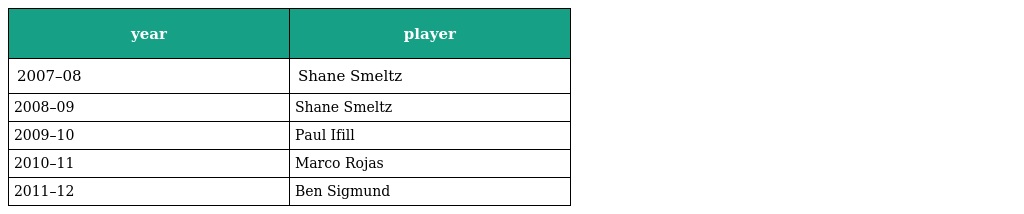
| year | player |
 | --- | --- |
 | 2007–08 | Shane Smeltz |
 | 2008–09 | Shane Smeltz |
 | 2009–10 | Paul Ifill |
 | 2010–11 | Marco Rojas |
 | 2011–12 | Ben Sigmund |